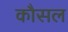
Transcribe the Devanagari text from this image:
कौसल